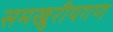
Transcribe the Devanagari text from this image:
समखुरीयगण